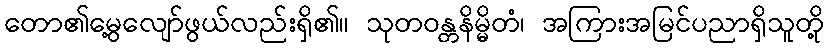
တော၏မွေ့လျော်ဖွယ်လည်းရှိ၏။ သုတဝန္တနိမ္မိတံ၊ အကြားအမြင်ပညာရှိသူတို့